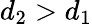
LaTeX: d_{2}>d_{1}